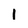
Character: 1